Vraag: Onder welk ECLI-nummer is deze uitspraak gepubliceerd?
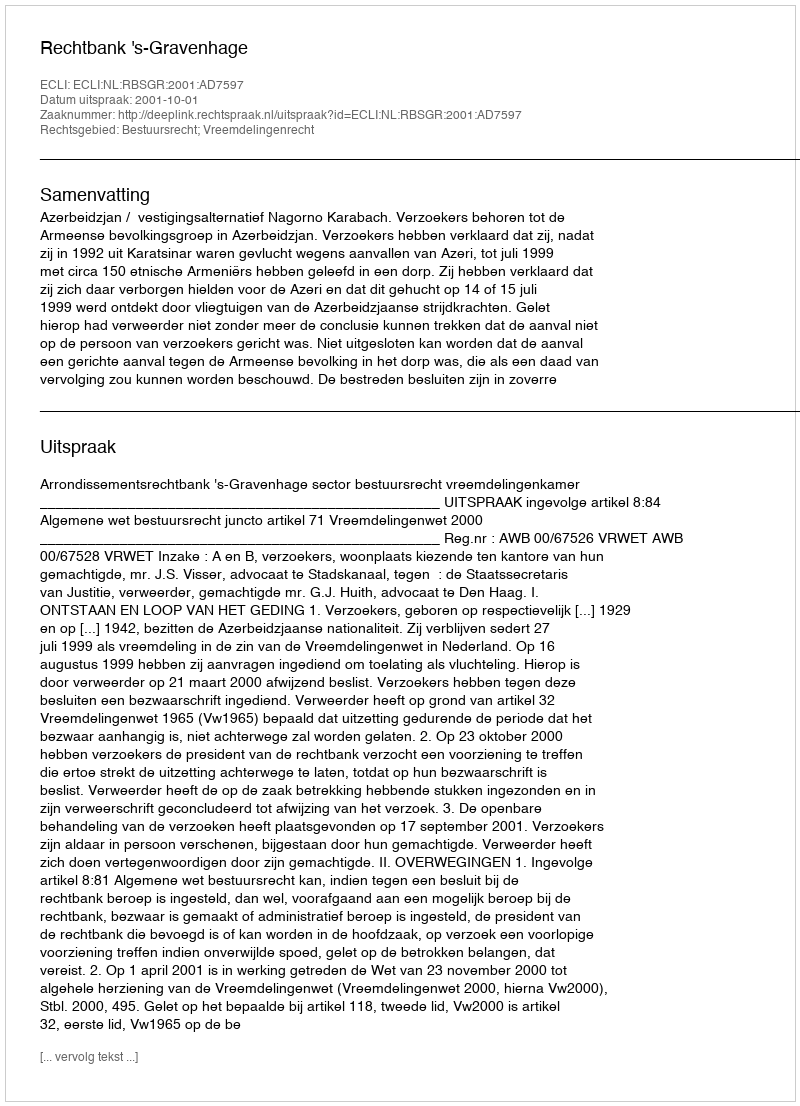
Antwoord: ECLI:NL:RBSGR:2001:AD7597